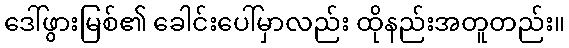
ဒေါ်ဖွားမြစ်၏ ခေါင်းပေါ်မှာလည်း ထိုနည်းအတူတည်း။